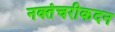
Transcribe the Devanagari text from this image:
नक्तंचरीकदन